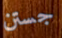
جستن